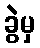
ခွဲမှ